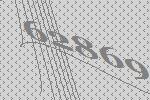
62869